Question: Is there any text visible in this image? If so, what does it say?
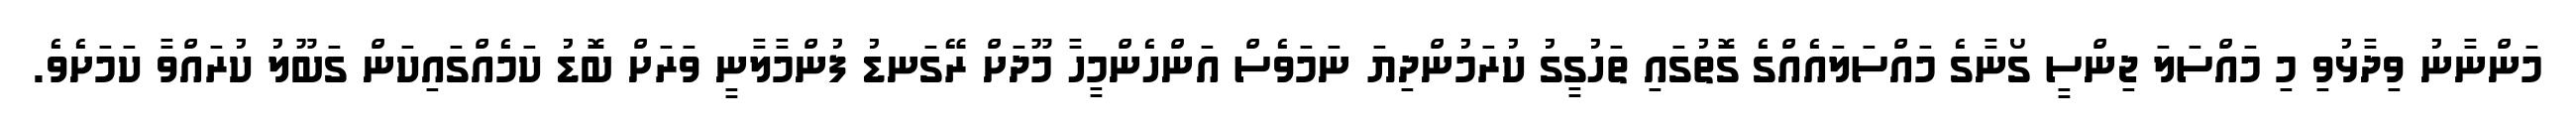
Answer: މަންނާނު ވިދާޅުވި މި މައްސަލަ ޖިންސީ ގޯނާގެ މައްސަލައެއްގެ ގޮތުގައި ތަހުގީގު ކުރަމުންދިޔަ ނަމަވެސް އަންހެންމީހާ މޫދަށް ރޭގަނޑު ފުންމާލާނީ ވަރަށް ބޮޑު ކަމެއްގައިކަން ގަބޫލު ކުރައްވާ ކަމަށެވެ.